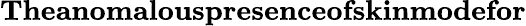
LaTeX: \textbf{Theanomalouspresenceofskinmodefor}